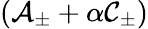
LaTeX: \left({\cal A}_{\pm}+\alpha{\cal C}_{\pm}\right)